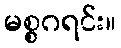
မစ္စဂရင်း။